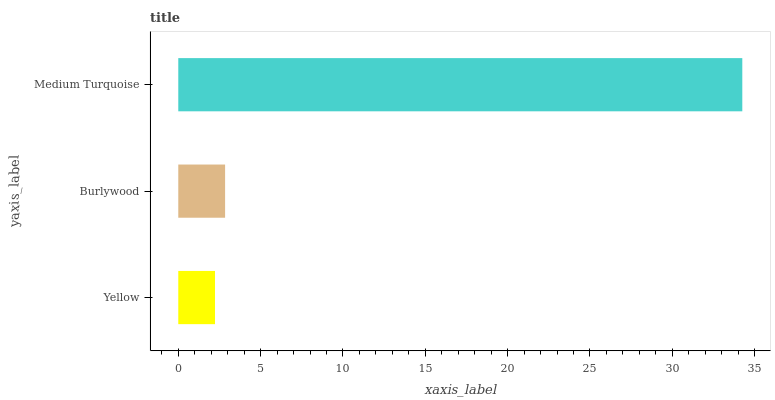
| yaxis_label | bars |
 | --- | --- |
 | Yellow | 2.23 |
 | Burlywood | 2.84 |
 | Medium Turquoise | 34.3 |